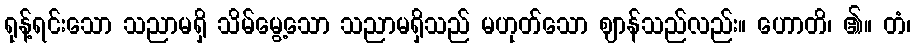
ရုန့်ရင်းသော သညာမရှိ သိမ်မွေ့သော သညာမရှိသည် မဟုတ်သော ဈာန်သည်လည်း။ ဟောတိ၊ ၏။ တံ၊